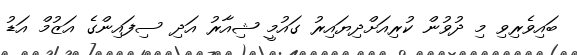
ބައިވެރިވި މި ދުވުން ކުރިއަށްދިޔައިރު ގައުމީ ޝިއާރު އަދި ސިފައިންގެ އަޒުމް އަޑު